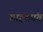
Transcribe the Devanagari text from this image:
ग्राहकांत